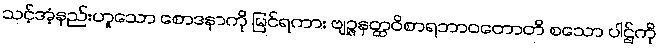
သင့်အံ့နည်းဟူသော စောဒနာကို မြင်ရကား ဗျဉ္ဇနတ္ထဝိစာရဘာဝတောတိ စသော ပါဌ်ကို